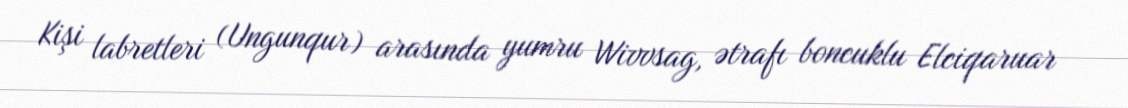
Kişi labretleri (Ungunqur) arasında yumru Wivvsag, ətrafı boncuklu Elciqaruar